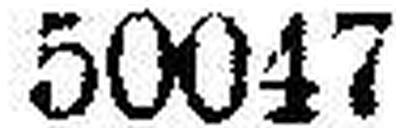
50047